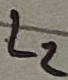
Text: L2